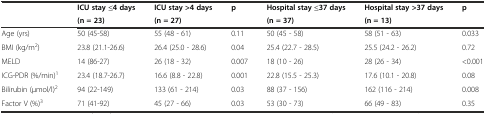
<table><thead><tr><td>[EMPTY_CELL]</td><td><b>ICU stay ≤4 days</b></td><td><b>ICU stay &gt;4 days</b></td><td><b>p</b></td><td><b>Hospital stay ≤37 days</b></td><td><b>Hospital stay &gt;37 days</b></td><td><b>p</b></td></tr><tr><td>[EMPTY_CELL]</td><td><b>(n = 23)</b></td><td><b>(n = 27)</b></td><td>[EMPTY_CELL]</td><td><b>(n = 37)</b></td><td><b>(n = 13)</b></td><td>[EMPTY_CELL]</td></tr></thead><tbody><tr><td>Age (yrs)</td><td>50 (45-58)</td><td>55 (48 - 61)</td><td>0.11</td><td>50 (45 - 58)</td><td>58 (51 - 63)</td><td>0.033</td></tr><tr><td>BMI (kg/m<sup>2</sup>)</td><td>23.8 (21.1-26.6)</td><td>26.4 (25.0 - 28.6)</td><td>0.04</td><td>25.4 (22.7 - 28.5)</td><td>25.5 (24.2 - 26.2)</td><td>0.72</td></tr><tr><td>MELD</td><td>14 (86-27)</td><td>26 (18 - 32)</td><td>0.007</td><td>18 (10 - 26)</td><td>28 (26 - 34)</td><td>&lt;0.001</td></tr><tr><td>ICG-PDR (%/min)<sup>1</sup></td><td>23.4 (18.7-26.7)</td><td>16.6 (8.8 - 22.8)</td><td>0.001</td><td>22.8 (15.5 - 25.3)</td><td>17.6 (10.1 - 20.8)</td><td>0.08</td></tr><tr><td>Bilirubin (μmol/l)<sup>2</sup></td><td>94 (22-149)</td><td>133 (61 - 214)</td><td>0.03</td><td>88 (37 - 156)</td><td>162 (116 - 214)</td><td>0.008</td></tr><tr><td>Factor V (%)<sup>3</sup></td><td>71 (41-92)</td><td>45 (27 - 66)</td><td>0.03</td><td>53 (30 - 73)</td><td>66 (49 - 83)</td><td>0.35</td></tr></tbody></table>